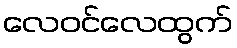
လေဝင်လေထွက်